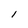
Character: l